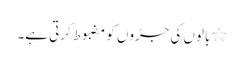
٭ بالوں کی جڑوں کو مضبوط کرتی ہے۔